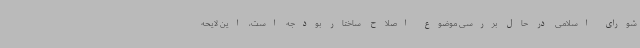
شورای اسلامی در حال بررسی موضوع اصلاح ساختار بودجه است، این لایحه